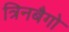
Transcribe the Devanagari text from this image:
त्रिनबैगो